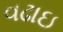
વઢાઇ